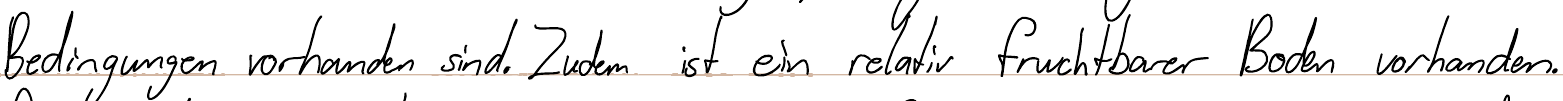
Bedingungen vorhanden sind. Zudem ist ein relativ fruchtbarer Boden vorhanden.